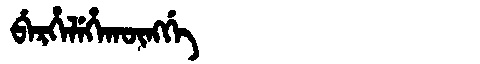
Manchu: ᠪᡝᡵᡥᡝᠯᡝᡥᠠᡴᡡᠩᡤᡝ
Romanization: BERHELEHAKŪNGGE